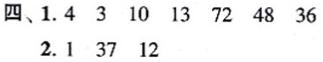
四、1. 4  3  10  13  72  48  36
2. 1  37  12